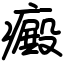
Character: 癜